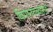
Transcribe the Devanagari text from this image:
विमानतळासह